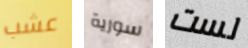
عشب سورية لست